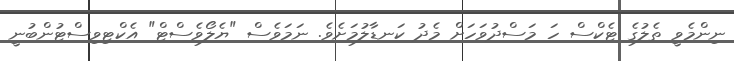
ނިންމެވީ ތެލުގެ ޓެކްސް ހަ މަސްދުވަހަށް މެދު ކަނޑާލުމަށެވެ. ނަމަވެސް "ޔެލޯވެސްޓް" އެކްޓިވިސްޓުންބުނީ